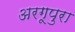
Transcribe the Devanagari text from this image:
अरगूपुरा